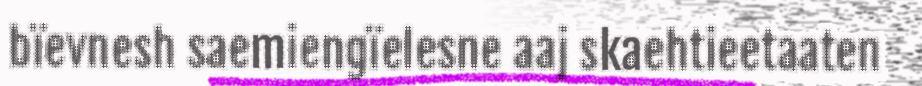
bïevnesh saemiengïelesne aaj skaehtieetaaten